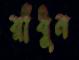
রাঁধুন